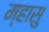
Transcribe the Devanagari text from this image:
म्हासु